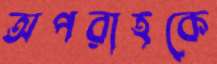
অপরাহকে